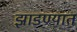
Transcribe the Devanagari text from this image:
झाडण्यात